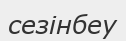
сезінбеу